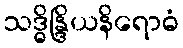
သဒ္ဓိန္ဒြိယနိရောဓံ